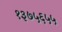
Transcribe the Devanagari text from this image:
१३७५६५५